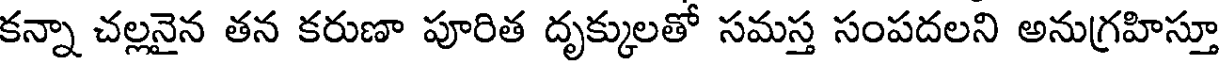
కన్నా చల్లనైన తన కరుణా పూరిత దృక్కులతో సమస్త సంపదలని అనుగ్రహిస్తూ